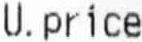
U.PRICE